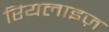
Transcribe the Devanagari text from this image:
रियलाइज़